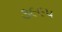
૩૯૯૫